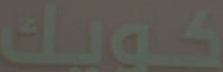
كويك